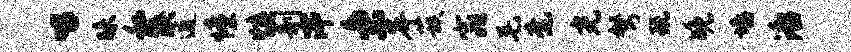
唱昧私陕逋憧慎剞滓秉岸蔟窕毛毫光弩玩晚墙潘